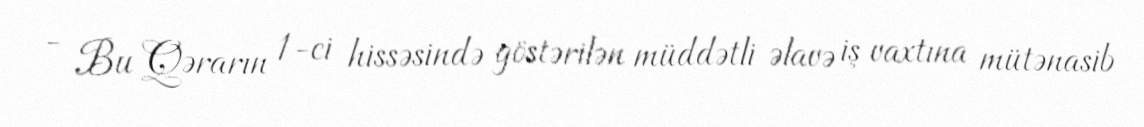
- Bu Qərarın 1-ci hissəsində göstərilən müddətli əlavə iş vaxtına mütənasib